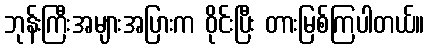
ဘုန်းကြီးအများအပြားက ဝိုင်းပြီး တားမြစ်ကြပါတယ်။